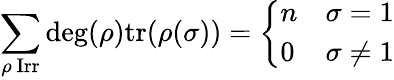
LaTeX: \sum_{\rho{\mathrm{~Irr}}}\deg(\rho){\mathrm{tr}}(\rho(\sigma))={\left\{ \begin{array}{ll}{n}&{\sigma=1}\\ {0}&{\sigma\neq 1}\end{array}\right.}